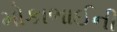
મોકાભાઈની